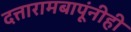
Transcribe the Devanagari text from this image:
दत्तारामबापूंनीही